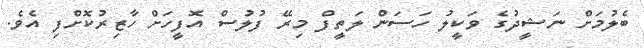
ބެލުމަށް ނަޝީދުގެ ވަކީލު ހަސަން ލަތީފް މިރޭ ފުލުސް އޮފީހަށް ހާޒިރުކޮށްފި އެވެ.